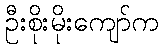
ဦးစိုးမိုးကျော်က